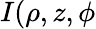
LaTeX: I(\rho,z,\phi